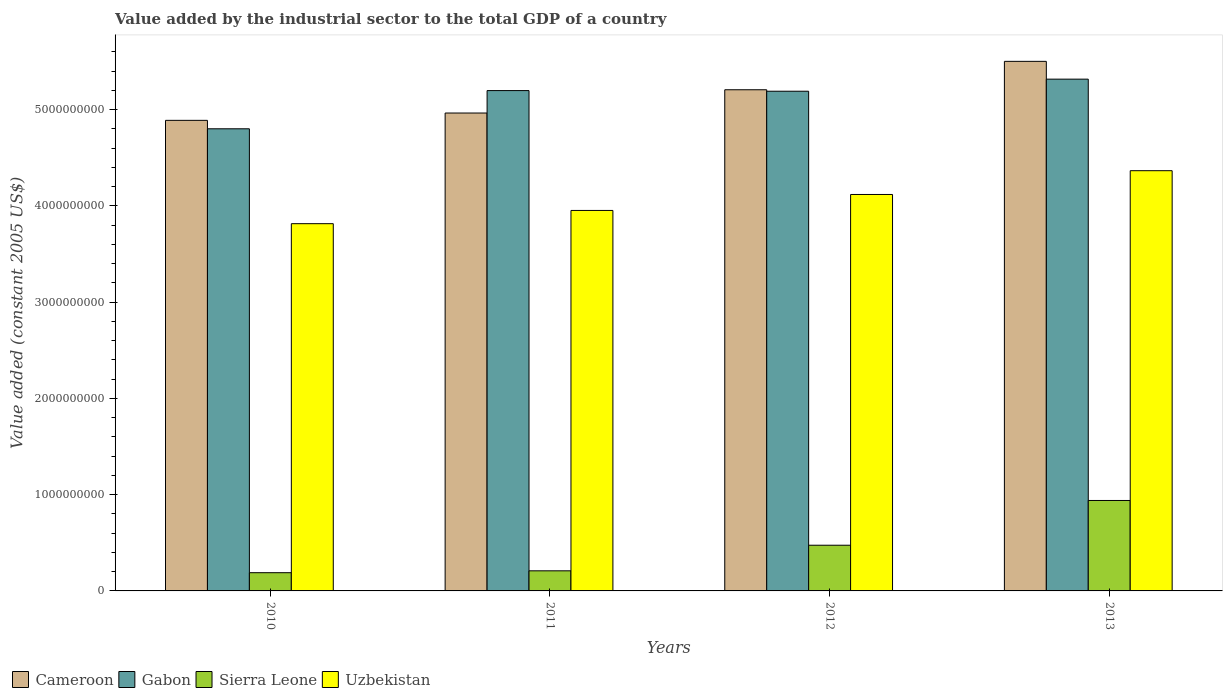
| Years | Cameroon | Gabon | Sierra Leone | Uzbekistan |
 | --- | --- | --- | --- | --- |
 | 2010 | 4.89e+09 | 4.8e+09 | 1.89e+08 | 3.81e+09 |
 | 2011 | 4.96e+09 | 5.2e+09 | 2.09e+08 | 3.95e+09 |
 | 2012 | 5.21e+09 | 5.19e+09 | 4.75e+08 | 4.12e+09 |
 | 2013 | 5.5e+09 | 5.32e+09 | 9.39e+08 | 4.37e+09 |